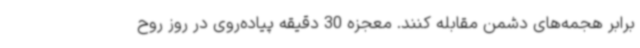
برابر هجمه‌های دشمن مقابله کنند. معجزه 30 دقیقه پیاده‌روی در روز روح